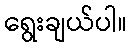
ရွေးချယ်ပါ။